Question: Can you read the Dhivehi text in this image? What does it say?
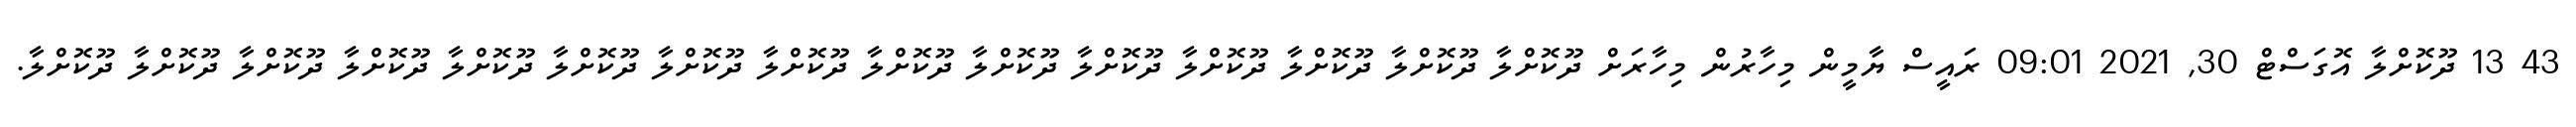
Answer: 43 13 ދޫކޮށްލާ އޮގަސްޓް 30, 2021 09:01 ރައީސް ޔާމީން މިހާރުން މިހާރަށް ދޫކޮށްލާ ދޫކޮށްލާ ދޫކޮށްލާ ދޫކޮށްލާ ދޫކޮށްލާ ދޫކޮށްލާ ދޫކޮށްލާ ދޫކޮށްލާ ދޫކޮށްލާ ދޫކޮށްލާ ދޫކޮށްލާ ދޫކޮށްލާ ދޫކޮށްލާ ދޫކޮށްލާ ދޫކޮށްލާ.